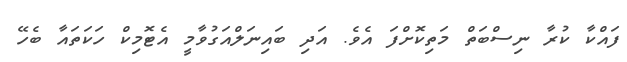
ފައްކާ ކުރާ ނިސްބަތް މަތިކޮށްފަ އެވެ. އަދި ބައިނަލްއަގުވާމީ އެޓޮމިކް ހަކަތައާ ބެހޭ